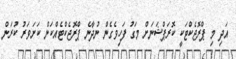
އަދި މި ޕްރޮޖެކްޓަކީ ކޮރަޕްޝަނަށް މަގު ފަހިވެގެން ނުދާނެ ޕްރޮޖެކްޓެއްކަން ކަށަވަރު ކުރަން